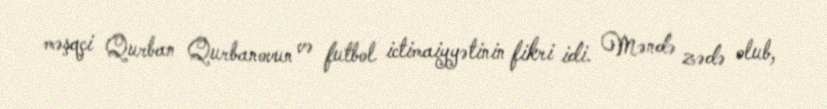
məşqçi Qurban Qurbanovun və futbol ictimaiyyətinin fikri idi. Məndə zədə olub,